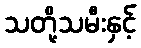
သတို့သမီးနှင့်